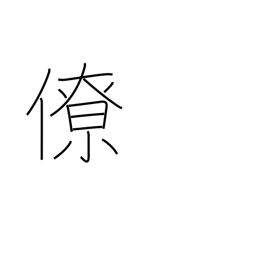
Meaning: colleague